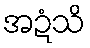
အဍံသိ